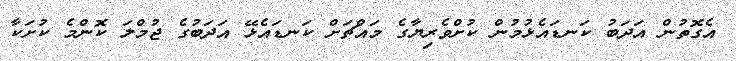
އެގޮތުން އަދަބު ކަނޑައެޅުމުން ކުށްވެރިޔާގެ މައްޗަށް ކަނޑައެޅޭ އަދަބުގެ ޖުމްލަ ކޮންމެ ކުށަކާ